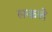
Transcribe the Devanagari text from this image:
सकत्ते